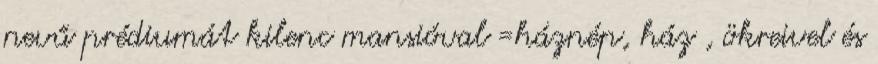
nevű prédiumát kilenc mansióval =háznép, ház , ökreivel és